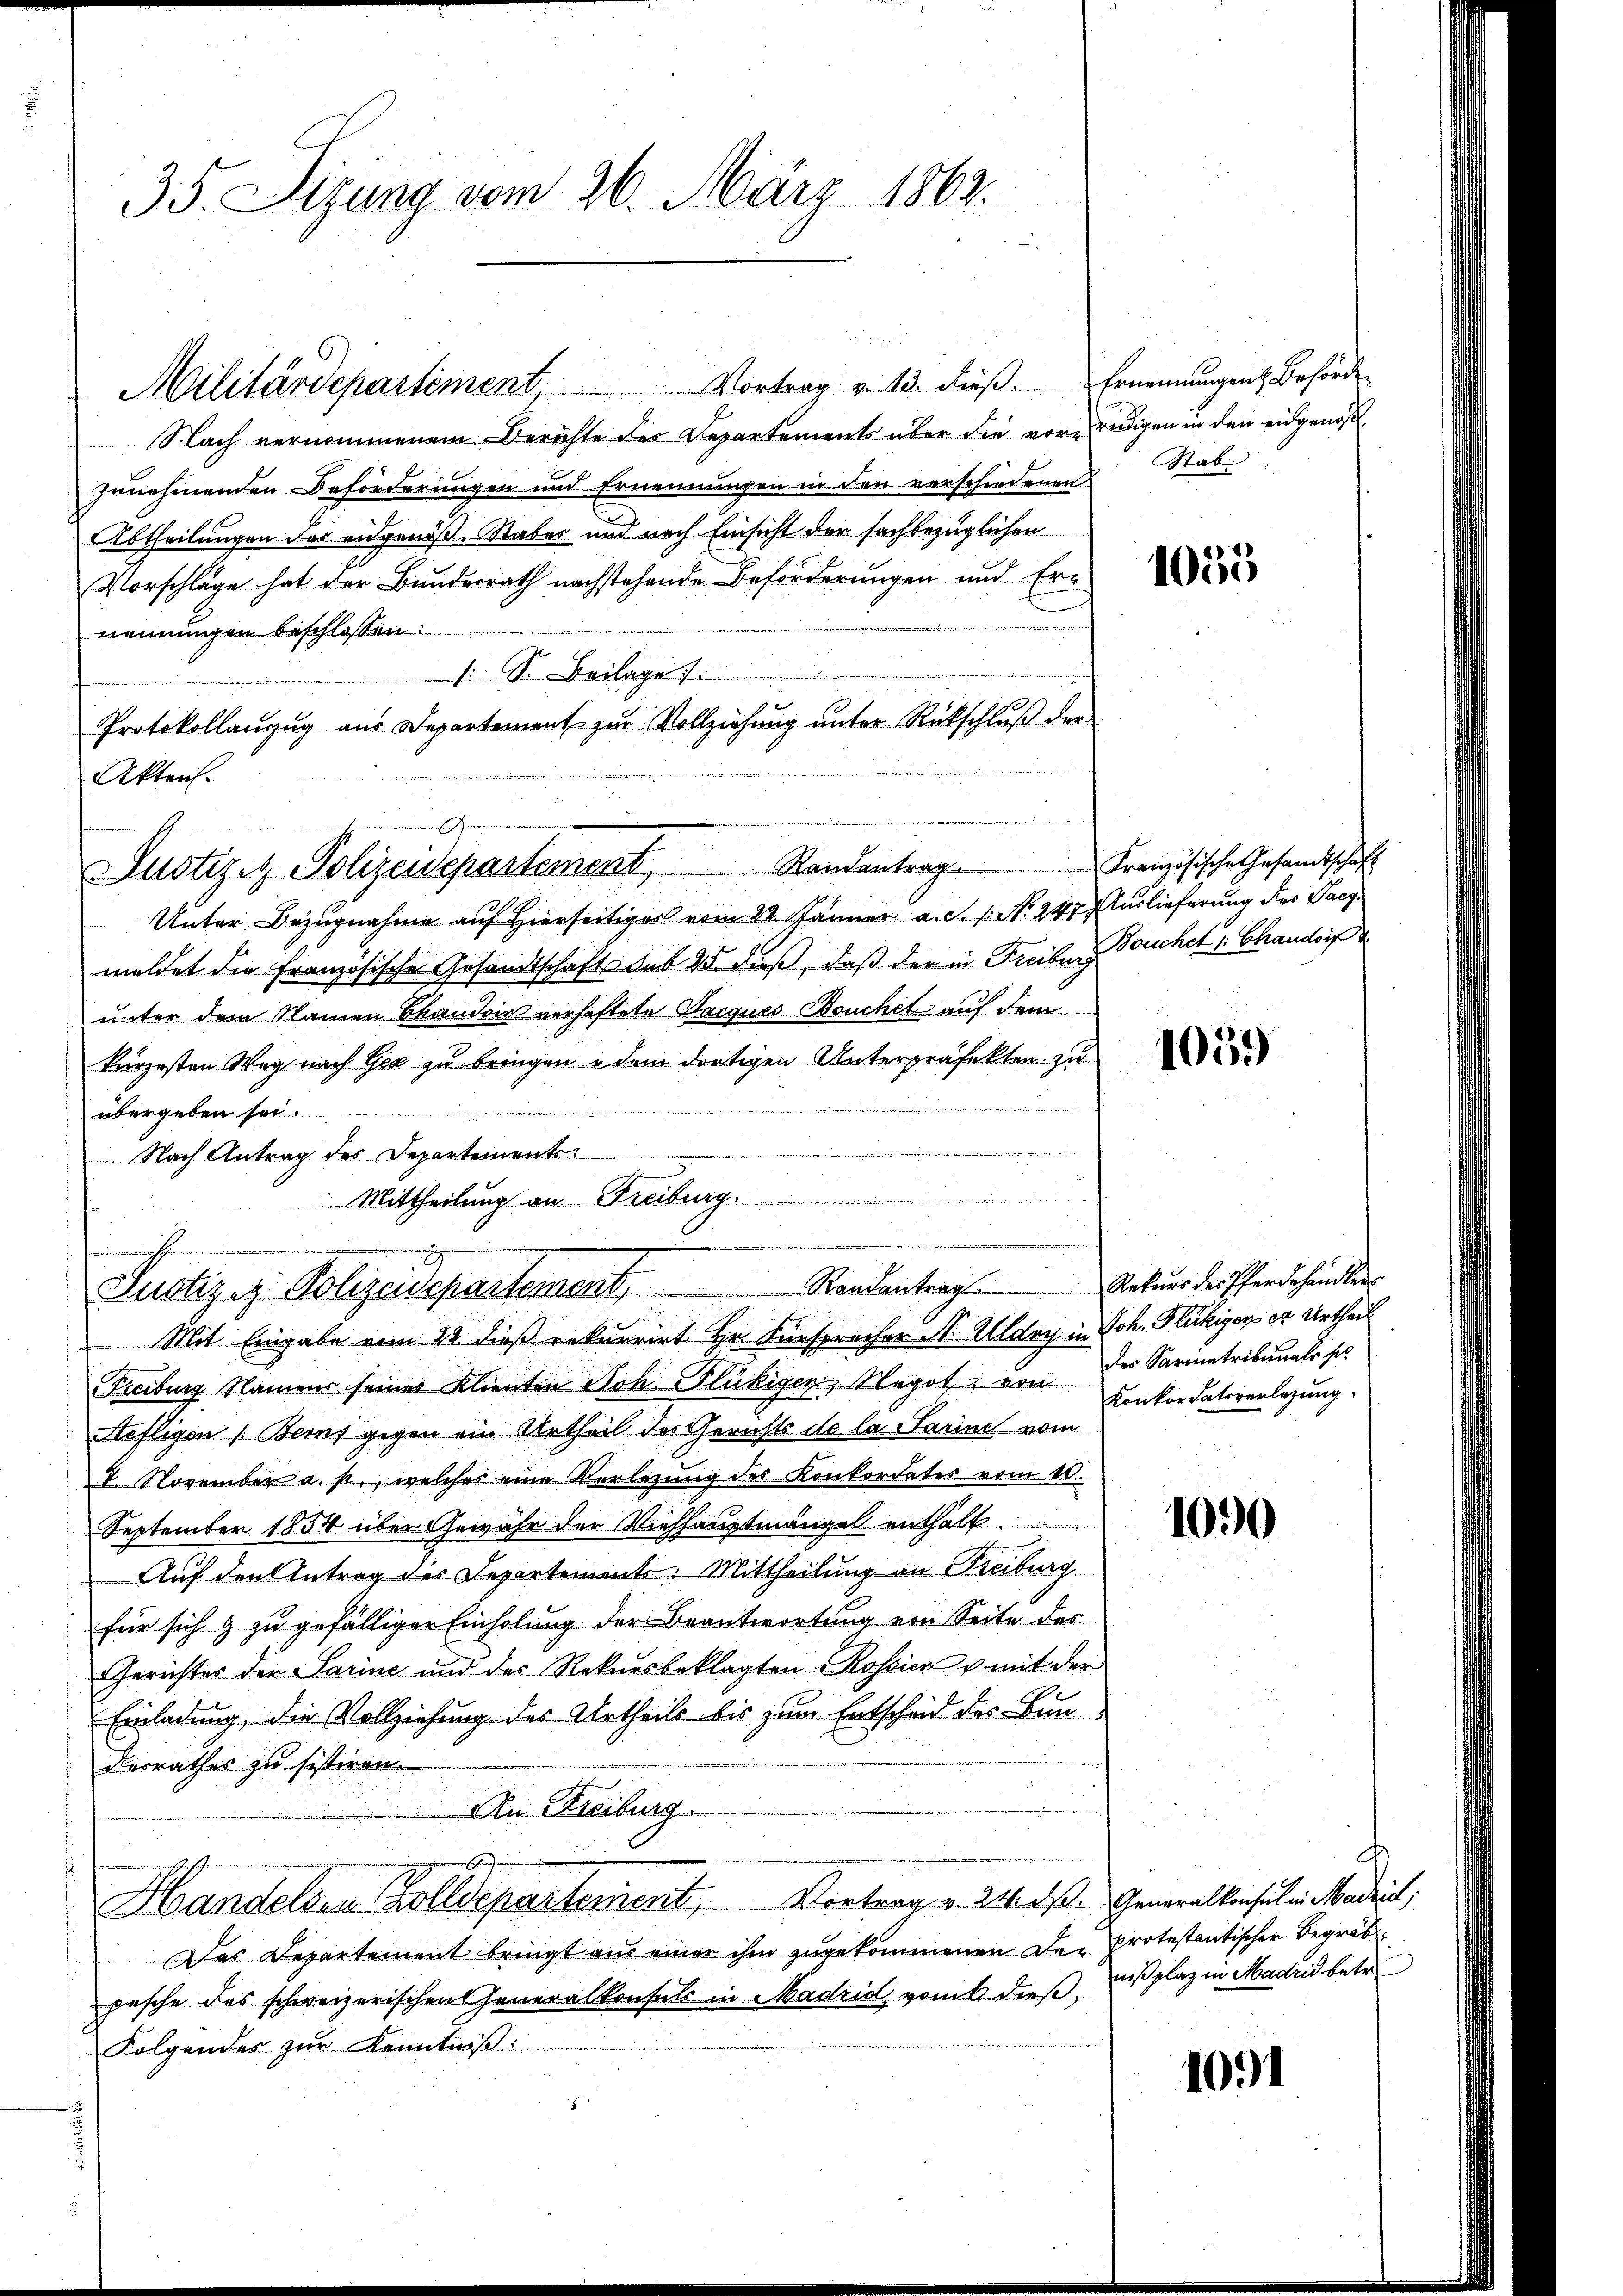
Vortrag v. 13. dieß. Ernennungen Beförde
Nach vernommenem Berichte des Departements über die vorzunehmenden Beförderungen und Ernennungen in den verschiedenen Stab
Abtheilungen des eidgenoß Rabes und nach Einsicht der sachbezüglichen
Vorschläge hat der Bundesrath nachstehende Beförderungen und Ern
nennungen beschlossen:
s. S. Beilage.
Protokollanzŭg aŭs Departement zŭr Vollziehŭng ŭnter Rückschlŭβ der
Akten.
Randantrag.
Justiz z. Polizeidepartement,
Unter Bezugnahme auf Hierseitiges vom 22. Jänner a. c. s. No. 247. Auslieferung der Pac
meldet die Französische Gesandtschafts aus 25. dieß, daβ der in Freiben Teuchet 1. Chandwir
unter dem Namen Skandrin verhaftete Sacques Bouchel auf dem
kürzesten Weg nach Ger zu bringen u dem dortigen Unterpräfekten zu
de
übergeben sei.
d   eben der
Nach Antrag des Departements-

n
Mittheilung an Freiburg.

35. Sizung vom 26. März 1862.

Militärdepartement,

Justiziz. Polizeidepartement                 Randantrag. Naturs der Pferdehandlen

Mit Eingabe vom 22. dieß rekurrirt Hr. Fürspracher Nr. Aldny in Joh. Flückiger er Urtheil
Freiburg Namens seiner Klienten Joh. Flückigen, Negot von Konkordatsverlegung.
Hefligen (Berns gegen ein Urtheil des Gerichts de la Sarin vom
7. November a. p., welches eine Vorlegung des Konkordates vom 10.
September 1854 über Gewähr der Viehhauptmängel enthalt
Auf den Antrag des Departements: Mittheilung an Freiburg
für sich & zu gefälliger Einholung der Beantwortung von Seite des
Gerichtes der Sarine und des Rekursbeklagten Rossier u. mit der
Einladung, die Vollziehung des Urtheils bis zum Entscheid des Bundesrathes zu sistiren.
An Freiburg.
E
Handelsen Zolldepartement, Vortrag v. 24. ds. Generalkonsul in Madrirt
Das Departement bringt aus einer ihm zugekommenen De-protestantischer Begräb
pesche des schweizerischen Generalkonsuls in Madrid, vom 6. dieß, deßplaz in Madrid betr
Folgendes zur Kenntniß:

rudigen in den eidgenöß

1055

Kranzösische Gesandtschaft

1059

des Sarmetribunals s

1090

f

1091